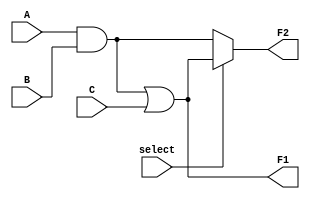
module clb_overlap_techniques (
    input wire A,
    input wire B,
    input wire C,
    input wire select, // Control signal for multiplexing
    output wire F1,
    output wire F2
);

// Intermediate logic shared by both functions
wire common_logic;

// Example shared logic: Common logic that can be used by both functions
assign common_logic = A & B; // Example: AND gate shared by both functions

// Function F1 = A AND B OR C
assign F1 = common_logic | C; // Uses shared logic and additional input

// Function F2 = A AND C OR B
assign F2 = (select) ? (common_logic | C) : (A & B); // Multiplex based on 'select'

endmodule